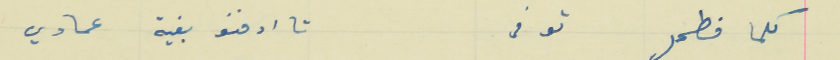
كلما فطحل توفى                                                    تا ادفنو بفية عمادي